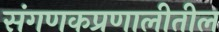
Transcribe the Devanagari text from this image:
संगणकप्रणालीतील